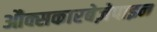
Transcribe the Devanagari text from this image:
औक्सकारबेज़ेपाइन